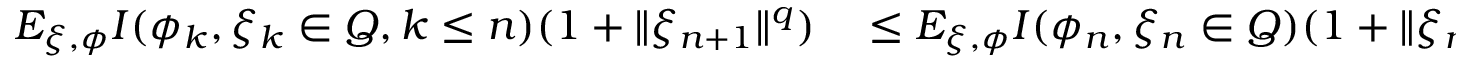
\begin{array} { r l } { E _ { \xi , \phi } { I ( \phi _ { k } , \xi _ { k } \in Q , k \le n ) ( 1 + \| \xi _ { n + 1 } \| ^ { q } ) } } & { { } \le E _ { \xi , \phi } { I ( \phi _ { n } , \xi _ { n } \in Q ) ( 1 + \| \xi _ { n + 1 } \| ^ { q } ) } } \end{array}